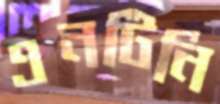
এনটিনি